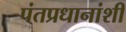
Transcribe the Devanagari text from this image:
पंतप्रधानांशी